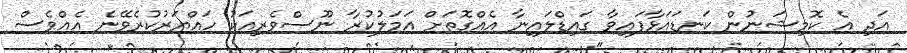
އަދި އެ ކޮމިޝަނުން ކަނޑައަޅާފައިވާ ގައިޑްލައިނާ އެއްގޮތަށް އަމަލުކުރާ ނޫސްވެރިއަކު ހައްޔަރުކުރެވޭނެ އެއްވެސް